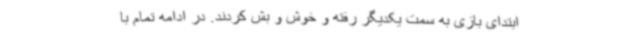
ابتدای بازی به سمت یکدیگر رفته و خوش و بش کردند. در ادامه تمام با